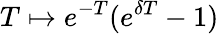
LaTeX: T\mapsto e^{-T}(e^{\delta T}-1)